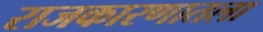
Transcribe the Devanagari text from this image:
राजकारणातला